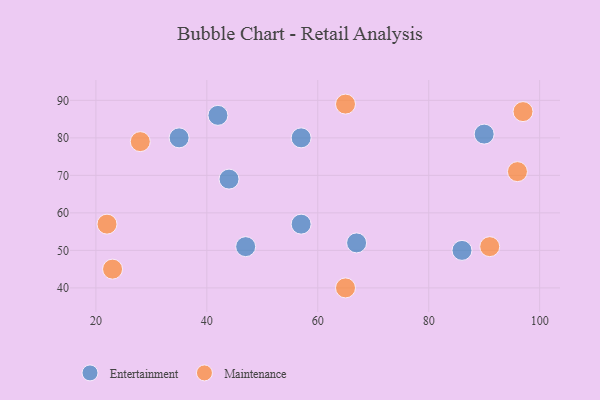
{"axis": {"x": "GDP", "y": "Life Expectancy"}, "legend": ["Entertainment", "Maintenance"], "data": [{"x": "44", "y": 69, "type": "Entertainment"}, {"x": "35", "y": 80, "type": "Entertainment"}, {"x": "90", "y": 81, "type": "Entertainment"}, {"x": "42", "y": 86, "type": "Entertainment"}, {"x": "57", "y": 57, "type": "Entertainment"}, {"x": "57", "y": 80, "type": "Entertainment"}, {"x": "86", "y": 50, "type": "Entertainment"}, {"x": "67", "y": 52, "type": "Entertainment"}, {"x": "47", "y": 51, "type": "Entertainment"}, {"x": "65", "y": 89, "type": "Maintenance"}, {"x": "91", "y": 51, "type": "Maintenance"}, {"x": "22", "y": 57, "type": "Maintenance"}, {"x": "97", "y": 87, "type": "Maintenance"}, {"x": "96", "y": 71, "type": "Maintenance"}, {"x": "23", "y": 45, "type": "Maintenance"}, {"x": "65", "y": 40, "type": "Maintenance"}, {"x": "28", "y": 79, "type": "Maintenance"}]}